Report on sanitation, dispensaries, and jails in Rajputana for 1913, and on vaccination for the year 1913-1914 - 1913-1914
Year: 1913
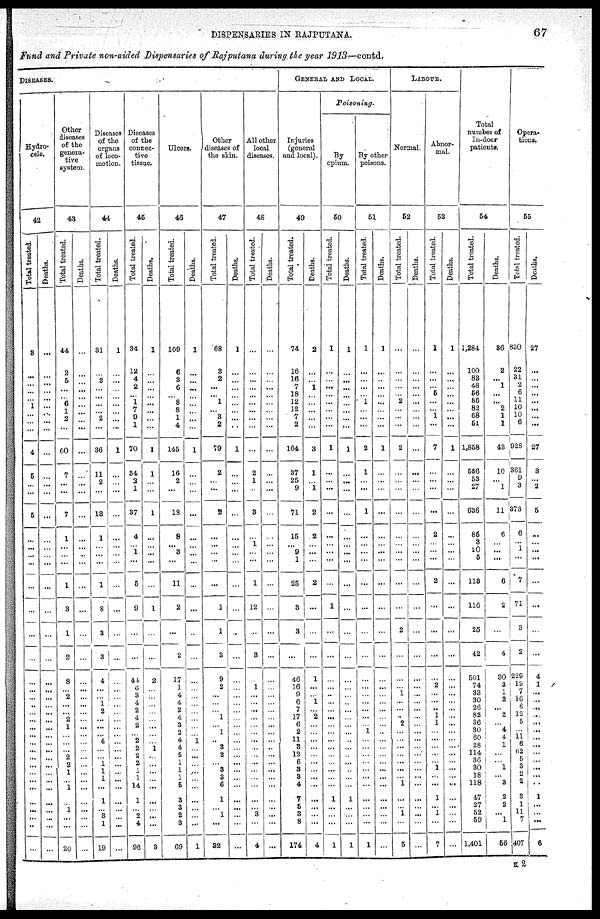
DISPENSARIES IN RAJPUTANA.
67
Fund and Private non-aided Dispensaries of Rajputana during the year 1913—contd.
DISEASES.
Hydro¬
cele.
42
Total treated.
3
...
...
...
...
1
...
...
...
4
5
...
...
5
...
...
...
...
...
...
...
...
...
...
...
..
...
...
...
...
...
...
...
...
...
...
...
...
...
...
..
...
Deaths.
...
...
...
...
...
...
...
...
...
...
...
...
...
...
...
...
...
...
...
...
...
...
...
...
...
...
...
...
...
...
...
...
...
...
...
...
...
...
...
...
...
...
Other
diseases
of the
genera-
tive
system.
43
Total treated.
44
2
5
...
...
6
1
2
...
60
7
...
...
7
1
...
...
...
1
3
1
2
8
...
2
...
...
2
1
...
...
...
2
2
1
...
1
...
1
...
...
20
Deaths.
...
...
...
...
...
...
...
...
...
...
...
...
...
...
...
...
...
...
...
...
...
...
...
...
...
...
...
...
...
...
...
...
...
...
...
...
...
...
...
...
...
...
Diseases
of the
organs
of loco-
motion.
44
Total treated.
31
...
3
...
...
...
...
2
...
36
11
2
...
13
1
...
...
...
1
8
3
3
4
...
...
1
2
...
...
...
4
...
...
1
1
1
...
1
...
3
1
19
Deaths.
1
...
...
...
...
...
...
...
...
1
...
...
...
...
...
...
...
...
...
...
...
...
...
...
...
...
...
...
...
...
...
...
...
...
...
...
...
...
...
...
...
...
Diseases
of the
connec-
tive
tissue.
45
Total treated.
34
12
4
2
...
1
7
9
1
70
34
2
1
37
4
...
1
...
5
9
...
...
44
6
3
4
2
4
2
...
2
2
2
2
1
1
14
1
...
2
4
96
Deaths.
1
...
...
...
...
...
...
...
...
1
1
...
...
1
...
...
...
...
...
1
...
...
2
...
...
...
...
...
...
...
...
1
...
...
...
...
...
...
...
...
...
3
Ulcers.
46
Total treated.
109
6
3
6
...
8
8
1
4
145
16
2
...
18
8
...
3
...
11
2
...
2
17
1
4
4
2
4
3
2
4
4
5
1
1
1
5
3
3
2
3
69
Deaths.
1
...
...
...
...
...
...
...
...
1
...
...
...
...
...
...
...
...
...
...
...
...
...
...
...
...
...
...
...
...
1
...
...
...
...
...
...
...
...
...
...
1
Other
diseases of
the skin.
47
Total treated.
68
3
2
...
...
1
...
3
2
79
2
...
...
2
...
...
...
...
...
1
1
3
9
2
...
...
...
1
...
1
..
3
2
...
3
3
6
1
...
1
...
32
Deaths.
1
...
...
...
...
...
...
...
...
1
...
...
...
...
...
...
...
...
...
...
...
...
...
...
...
...
...
...
...
...
...
...
...
...
...
...
...
...
...
...
...
...
All other
local
diseases.
48
Total treated.
...
...
...
...
...
...
...
...
...
...
2
1
...
3
...
1
...
...
1
12
...
3
...
1
...
...
...
...
...
...
...
...
...
...
...
...
...
...
...
3
4
Deaths.
...
...
...
...
...
...
...
...
...
...
...
...
...
...
...
...
...
...
...
...
...
...
...
...
...
...
...
...
...
...
...
..
...
...
...
...
...
...
...
...
...
...
GENERAL AND LOCAL.
Injuries
(general
and local).
49
Total treated.
74
16
16
7
18
12
12
7
2
164
37
25
9
71
15
...
9
1
25
3
3
...
46
16
9
6
7
17
6
2
11
3
12
6
3
3
4
7
5
3
8
174
Deaths.
2
...
...
1
...
...
...
...
...
3
1
...
1
2
2
...
...
...
2
...
...
...
1
...
...
1
...
2
...
...
...
...
...
...
...
...
...
...
...
...
...
4
Poisoning.
By
opium.
50
Total treated.
1
...
...
...
...
...
...
...
...
1
...
...
...
...
...
...
...
...
...
1
...
...
...
...
..
...
...
...
...
...
...
...
...
...
...
...
...
1
...
...
...
1
Deaths.
1
...
...
...
...
...
...
...
...
1
...
...
...
...
...
...
...
...
...
...
...
...
...
...
...
...
...
...
...
...
...
...
...
...
...
...
...
1
...
...
...
1
By other
poisons.
51
Total treated.
1
...
...
...
...
1
...
...
...
2
1
...
...
1
...
...
...
...
...
...
...
...
...
...
...
...
...
...
...
1
...
...
...
...
...
...
...
...
...
...
...
1
Deaths.
1
...
...
...
...
...
...
...
...
1
...
...
...
...
...
...
...
...
...
...
...
...
...
...
...
...
...
...
...
...
...
...
...
...
...
...
...
...
...
...
...
...
LABOUR.
Normal.
52
Total treated.
...
...
...
...
...
2
...
...
...
2
...
...
...
...
...
...
...
...
...
...
2
...
...
...
1
...
...
..
2
...
...
...
...
...
...
...
1
...
...
1
...
5
Deaths.
...
...
...
...
...
...
...
...
...
...
...
...
...
...
...
...
...
...
...
...
...
...
...
...
...
...
...
...
...
...
...
...
...
...
...
...
...
...
...
...
...
...
Abnor-
mal.
53
Total treated.
1
...
...
...
5
...
...
1
...
7
...
...
...
...
2
...
...
...
2
...
...
...
...
2
...
...
..
1
1
...
...
...
...
...
1
...
...
1
...
1
...
7
Deaths.
1
...
...
...
...
...
...
...
...
1
...
...
...
...
...
...
...
...
...
...
...
...
...
...
...
...
...
...
...
...
...
...
...
...
...
...
...
...
...
...
...
...
Total
number of
In-door
patients.
54
Total treated.
1,284
100
83
48
56
86
82
68
61
1,858
556
53
27
636
85
3
20
5
113
116
25
42
501
74
33
30
26
82
36
30
60
28
114
36
30
18
118
47
27
52
59
1,401
Deaths.
36
2
...
1
...
...
2
1
1
43
10
...
1
11
6
...
...
...
6
2
...
4
30
3
1
2
...
2
...
4
4
1
...
...
1
... 3
2
2
...
1
56
Opera-
tions.
55
Total treated.
830
22
31
2
6
11
10
10
6
928
361
9
3
373
6
...
1
...
7
71
3
2
229
19
7
16
6
12
5
...
11
6
62
5
3
2 2
3
1
11
7
407
Deaths.
27
...
...
...
...
...
...
...
...
27
3
...
2
5
...
...
...
...
...
...
...
...
4
1
...
...
...
...
...
...
...
...
...
...
...
...
...
1
...
...
...
6
K2